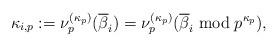
LaTeX: \begin{align*}\kappa_{i,p}:=\nu_p^{(\kappa_p)}(\overline{\beta}_i)=\nu_p^{(\kappa_p)}(\overline{\beta}_i\bmod{p^{\kappa_p}}),\end{align*}